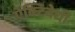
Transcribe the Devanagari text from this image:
ऐक्टिवेधी